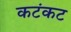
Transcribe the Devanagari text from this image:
कटंकट